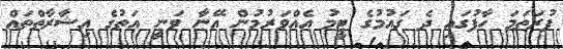
ފުރަތަމަ ހާފުގައި ދެ ގައުމުގެ ޓީމު އެއްވަރުމުން އޭނާ ވަނީ އަތުގެ އިޝާރާތްތައް